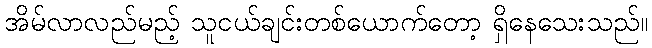
အိမ်လာလည်မည့် သူငယ်ချင်းတစ်ယောက်တော့ ရှိနေသေးသည်။